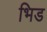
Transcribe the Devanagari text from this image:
भिड